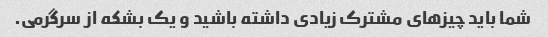
شما باید چیزهای مشترک زیادی داشته باشید و یک بشکه از سرگرمی.